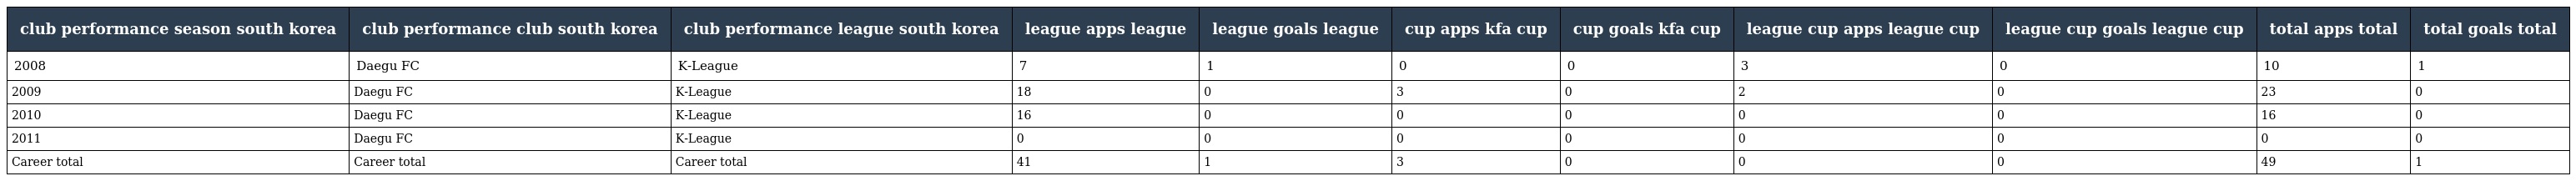
| club performance season south korea | club performance club south korea | club performance league south korea | league apps league | league goals league | cup apps kfa cup | cup goals kfa cup | league cup apps league cup | league cup goals league cup | total apps total | total goals total |
 | --- | --- | --- | --- | --- | --- | --- | --- | --- | --- | --- |
 | 2008 | Daegu FC | K-League | 7 | 1 | 0 | 0 | 3 | 0 | 10 | 1 |
 | 2009 | Daegu FC | K-League | 18 | 0 | 3 | 0 | 2 | 0 | 23 | 0 |
 | 2010 | Daegu FC | K-League | 16 | 0 | 0 | 0 | 0 | 0 | 16 | 0 |
 | 2011 | Daegu FC | K-League | 0 | 0 | 0 | 0 | 0 | 0 | 0 | 0 |
 | Career total | Career total | Career total | 41 | 1 | 3 | 0 | 0 | 0 | 49 | 1 |